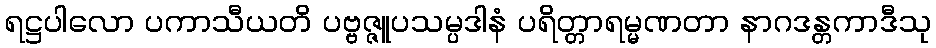
ရဋ္ဌပါလော ပကာသီယတိ ပဗ္ဗဇ္ဇူပသမ္ပဒါနံ ပရိတ္တာရမ္မဏတာ နာဂဒန္တကာဒီသု